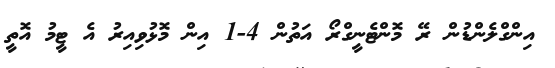
އިންގްލެންޑުން ރޭ މޮންޓެނީގްރޯ އަތުން 4-1 އިން މޮޅުވިއިރު އެ ޓީމު އޮތީ